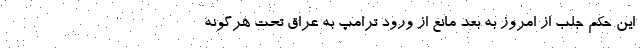
این حکم جلب از امروز به بعد مانع از ورود ترامپ به عراق تحت هرگونه